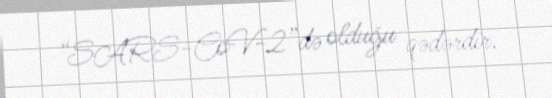
“SARS-CoV-2”də olduğu qədərdir.